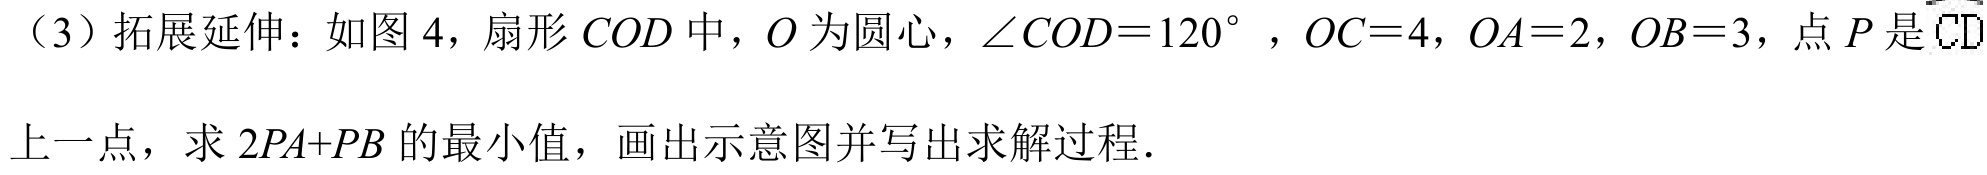
（3）拓展延伸：如图 4，扇形\(COD\)中，\(O\)为圆心，\(\angle COD = 120^{\circ}\) ，\(OC = 4\)，\(OA = 2\)，\(OB = 3\)，点\(P\)是\(\overset{\frown}{CD}\)上一点，求 \(2PA + PB\) 的最小值，画出示意图并写出求解过程．